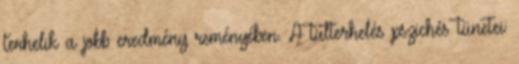
terhelik a jobb eredmény reményében. A túlterhelés pszichés tünetei: